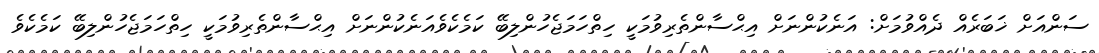
ސަންއަށް ޚަބަރެއް ދެއްވުމަށް: އަނެކުންނަށް އިޙްސާންތެރިވުމަކީ ހިތްހަމަޖެހުންލިބޭ ކަމެކެވެއަނެކުންނަށް އިޙްސާންތެރިވުމަކީ ހިތްހަމަޖެހުންލިބޭ ކަމެކެވެ